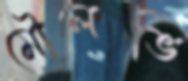
মৌলভি